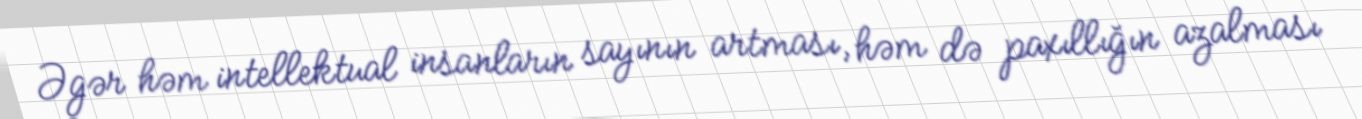
Əgər həm intellektual insanların sayının artması, həm də paxıllığın azalması